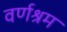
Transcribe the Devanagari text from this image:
वर्णश्रम